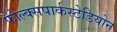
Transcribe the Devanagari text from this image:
फोल्क्सपार्कस्टेडियोन